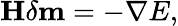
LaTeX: \mathbf{H}\delta\mathbf{m}=-\nabla E,